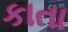
કાતા